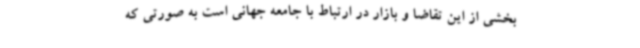
بخشی از این تقاضا و بازار در ارتباط با جامعه جهانی است به صورتی که